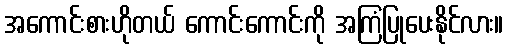
အကောင်းစားဟိုတယ် ကောင်းကောင်းကို အကြံပြုပေးနိုင်လား။